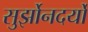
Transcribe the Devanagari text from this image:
सुर्झोनदर्यो